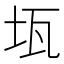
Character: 𤬪